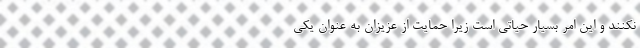
نکنند و این امر بسیار حیاتی است زیرا حمایت از عزیزان به عنوان یکی